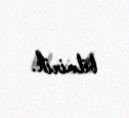
bilmirik.